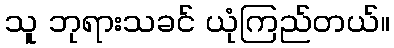
သူ ဘုရားသခင် ယုံကြည်တယ်။